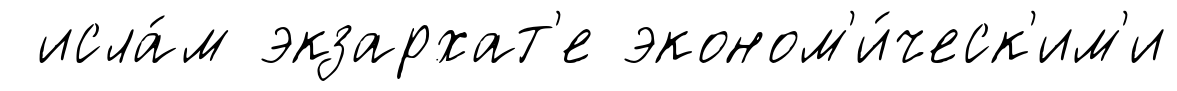
исла́м экзархат'е эконом'и́ческ'им'и